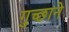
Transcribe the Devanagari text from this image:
गुच्छाने